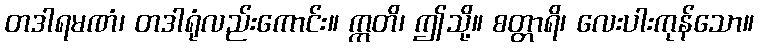
တဒါရမဏံ၊ တဒါရုံလည်းကောင်း။ ဣတိ၊ ဤသို့။ စတ္တာရိ၊ လေးပါးကုန်သော။